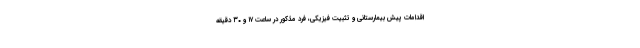
اقدامات پیش بیمارستانی و تثبیت فیزیکی، فرد مذکور در ساعت ۱۷ و ۳۰ دقیقه